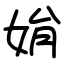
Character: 姢